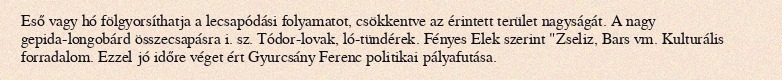
Eső vagy hó fölgyorsíthatja a lecsapódási folyamatot, csökkentve az érintett terület nagyságát. A nagy gepida-longobárd összecsapásra i. sz. Tódor-lovak, ló-tündérek. Fényes Elek szerint "Zseliz, Bars vm. Kulturális forradalom. Ezzel jó időre véget ért Gyurcsány Ferenc politikai pályafutása.